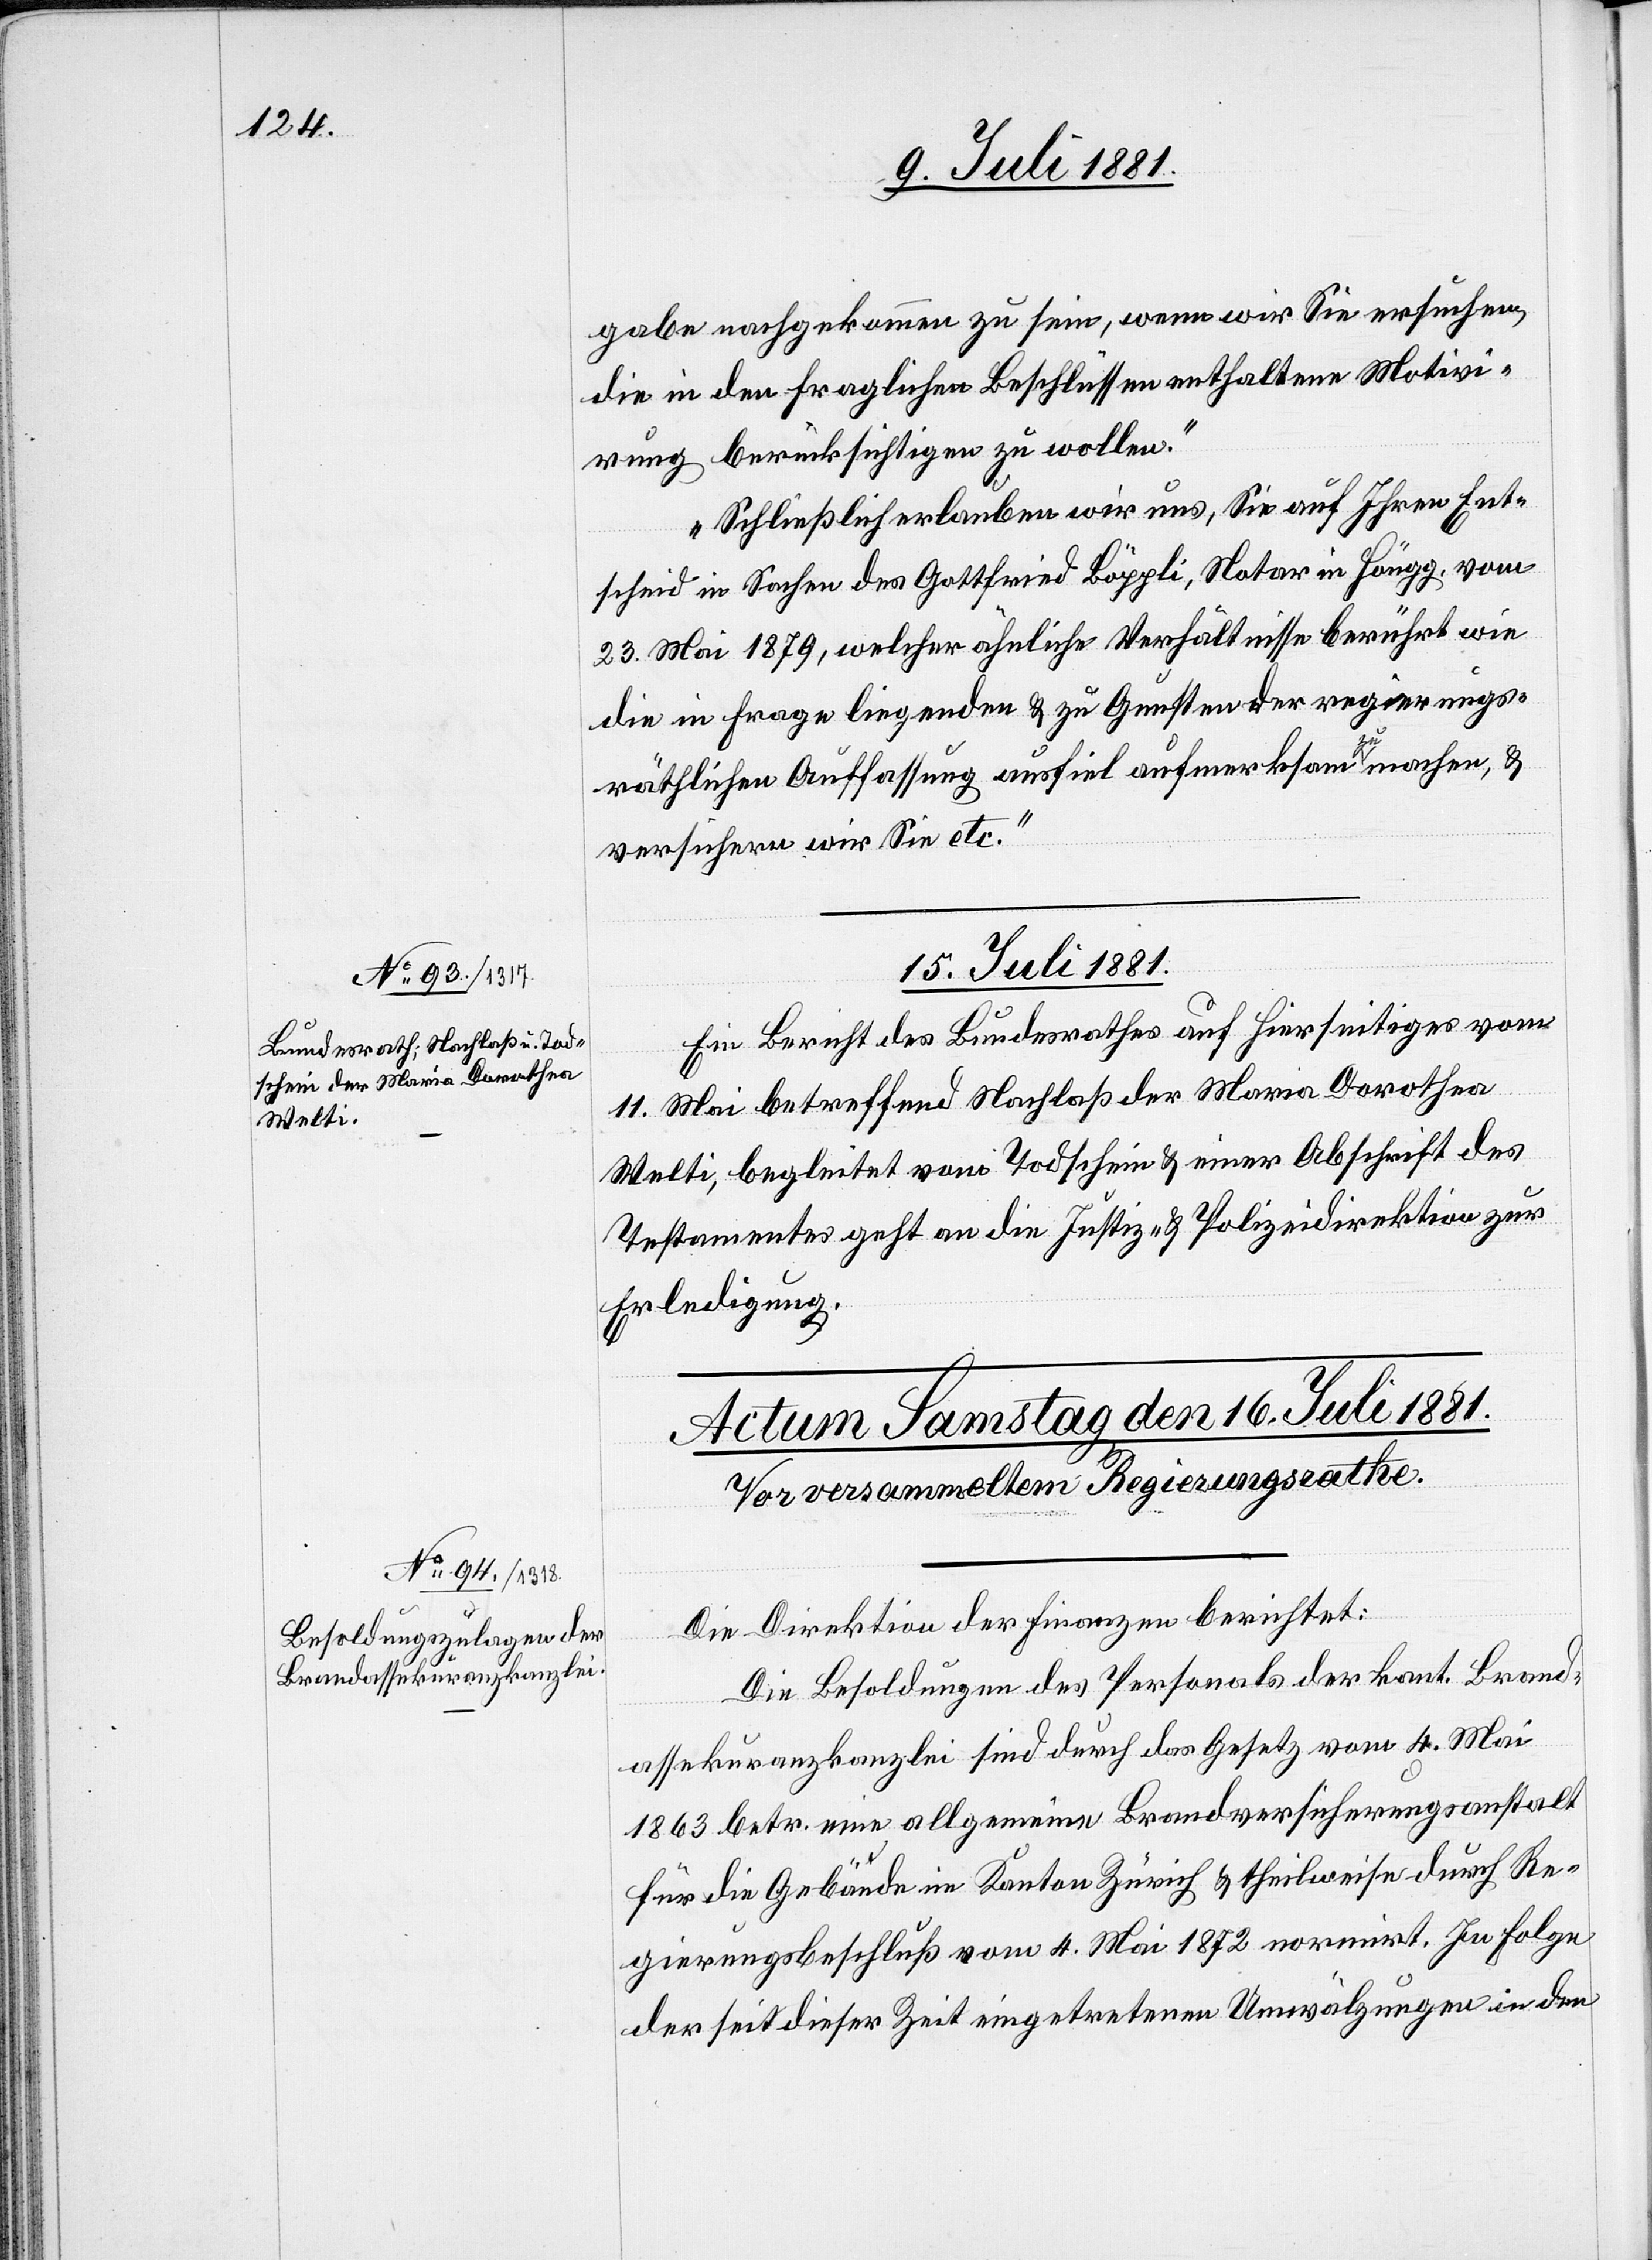
gabe nachgekommen zu sein, wenn wir Sie ersuchen,
die in den fraglichen Beschlüssen enthaltene Motivi¬
rung berücksichtigen zu wollen.
Schließlich erlauben wir uns, Sie auf Ihren Ent¬
scheid in Sachen des Gottfried Böppli, Notar in Höngg, vom
23. Mai 1879, welcher ähnliche Verhältnisse berührt wie
die in Frage liegenden & zu Gunsten der regierungs¬
räthlichen Auffassung ausfiel aufmerksam zu machen, &
versichern wir Sie etc.“
Ein Bericht des Bundesrathes auf Hierseitiges vom
11. Mai betreffend Nachlaß der Maria Dorothea
Welti, begleitet vom Todschein & einer Abschrift des
Testamentes geht an die Justiz- & Polizeidirektion zur
Erledigung.
Die Direktion der Finanzen berichtet:
Die Besoldungen des Personals der kant. Brand¬
assekuranzkanzlei sind durch das Gesetz vom 4. Mai
1863 betr. eine allgemeine Brandversicherungsanstalt
für die Gebäude im Kanton Zürich & theilweise durch Re¬
gierungsbeschluß vom 4. Mai 1872 normirt. In Folge
der seit dieser Zeit eingetretenen Umwälzungen in den